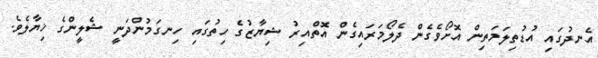
އެނދުގައި އުޑުތިލަމަތިން އޮށޯވެގެން ދެލޯމަރައިގެން އޮތްއިރު ޝިޔާޒުގެ ހިތުގައި ހިނގަމުންދަނީ ޝެލީންގެ ޚިޔާލެވެ.